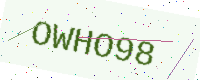
Text: OWHO98